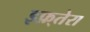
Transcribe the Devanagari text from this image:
इफ़्तेरा